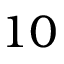
1 0